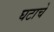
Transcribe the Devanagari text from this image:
घटाचे